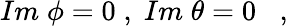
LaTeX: Im\; \phi=0\; ,\; Im\; \theta=0\; \; \; ,